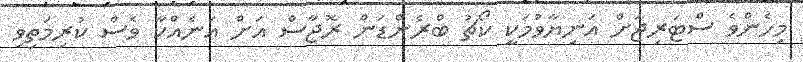
މިހެންވެ ސްޓަރިޖަށް އަނިޔާވުމަކީ ކޯޗު ބްރެންޑަން ރޮޖާސް އަށް އަނެއްކާ ވެސް ކުރިމަތިވި